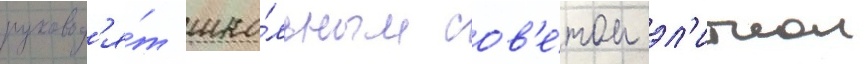
руковод'я́т шко́льным сов'е́том эл'итнои